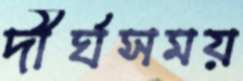
দীর্ঘসময়